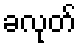
ခလုတ်